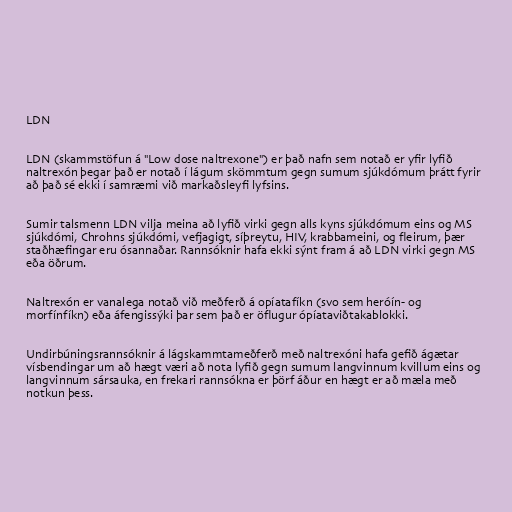
LDN

LDN (skammstöfun á "Low dose naltrexone") er það nafn sem notað er yfir lyfið
naltrexón þegar það er notað í lágum skömmtum gegn sumum sjúkdómum þrátt fyrir
að það sé ekki í samræmi við markaðsleyfi lyfsins.

Sumir talsmenn LDN vilja meina að lyfið virki gegn alls kyns sjúkdómum eins og MS
sjúkdómi, Chrohns sjúkdómi, vefjagigt, síþreytu, HIV, krabbameini, og fleirum, þær
staðhæfingar eru ósannaðar. Rannsóknir hafa ekki sýnt fram á að LDN virki gegn MS
eða öðrum.

Naltrexón er vanalega notað við meðferð á opíatafíkn (svo sem heróín- og
morfínfíkn) eða áfengissýki þar sem það er öflugur ópíataviðtakablokki.

Undirbúningsrannsóknir á lágskammtameðferð með naltrexóni hafa gefið ágætar
vísbendingar um að hægt væri að nota lyfið gegn sumum langvinnum kvillum eins og
langvinnum sársauka, en frekari rannsókna er þörf áður en hægt er að mæla með
notkun þess.